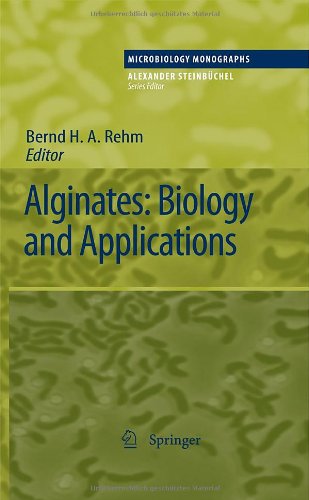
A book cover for Alginates: Biology and Applications (Microbiology Monographs); Medical Books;